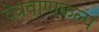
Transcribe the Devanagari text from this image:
वेत्रवाणकल्प